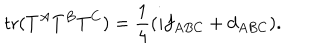
\mathrm { t r } ( T ^ { A } T ^ { B } T ^ { C } ) = { \frac { 1 } { 4 } } ( i f _ { A B C } + d _ { A B C } ) .